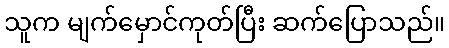
သူက မျက်မှောင်ကုတ်ပြီး ဆက်ပြောသည်။